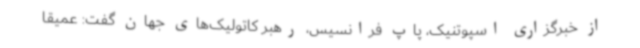
از خبرگزاری اسپوتنیک، پاپ فرانسیس، رهبر کاتولیک‌های جهان گفت: عمیقا